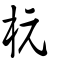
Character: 杬